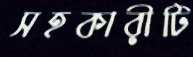
সহকারীটি